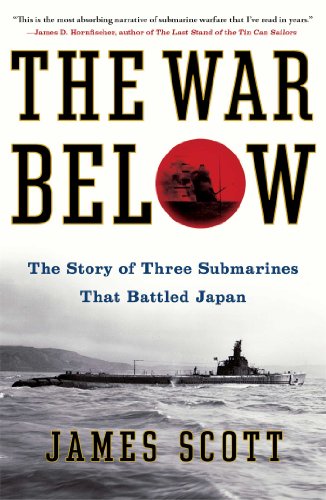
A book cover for The War Below: The Story of Three Submarines That Battled Japan; James Scott; History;